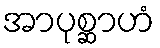
အာပုစ္ဆာဟံ